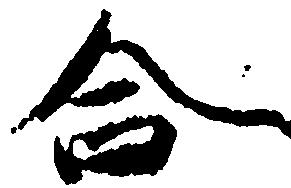
合